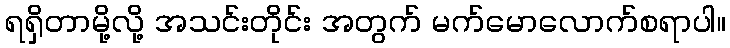
ရရှိတာမို့လို့ အသင်းတိုင်း အတွက် မက်မောလောက်စရာပါ။